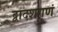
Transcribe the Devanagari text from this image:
द्वादशगुणं